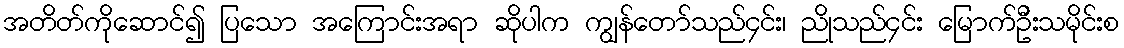
အတိတ်ကိုဆောင်၍ ပြသော အကြောင်းအရာ ဆိုပါက ကျွန်တော်သည်၄င်း၊ ညိုသည်၄င်း မြောက်ဦးသမိုင်းစ